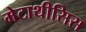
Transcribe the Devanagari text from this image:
मेटाथीसिस